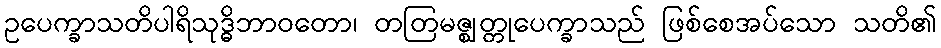
ဥပေက္ခာသတိပါရိသုဒ္ဓိဘာဝတော၊ တတြမဇ္ဈတ္တုပေက္ခာသည် ဖြစ်စေအပ်သော သတိ၏